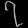
Digit: ၇